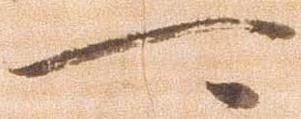
可